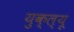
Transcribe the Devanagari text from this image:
युक्ल्यू